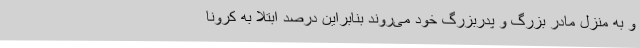
و به منزل مادر بزرگ و پدربزرگ خود می‌روند بنابراین درصد ابتلا به کرونا